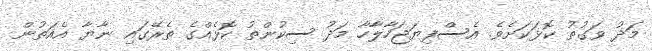
މަދު ވަގުތު ކޮޅަކަށެވެ. އެސްފިޔަޖަހާލާހާ މަދު ސިކުންތު ކޮޅެއްގެ ތެރޭގައި ނާޔާ އެއަތުން